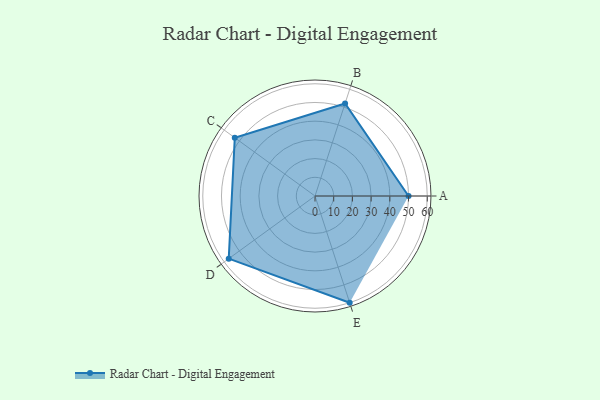
{"axis": {"x": "Skill", "y": "Score"}, "legend": ["Profile"], "data": [{"x": "A", "y": 50.0, "type": "Profile"}, {"x": "B", "y": 52.0, "type": "Profile"}, {"x": "C", "y": 53.0, "type": "Profile"}, {"x": "D", "y": 57.0, "type": "Profile"}, {"x": "E", "y": 60.0, "type": "Profile"}]}